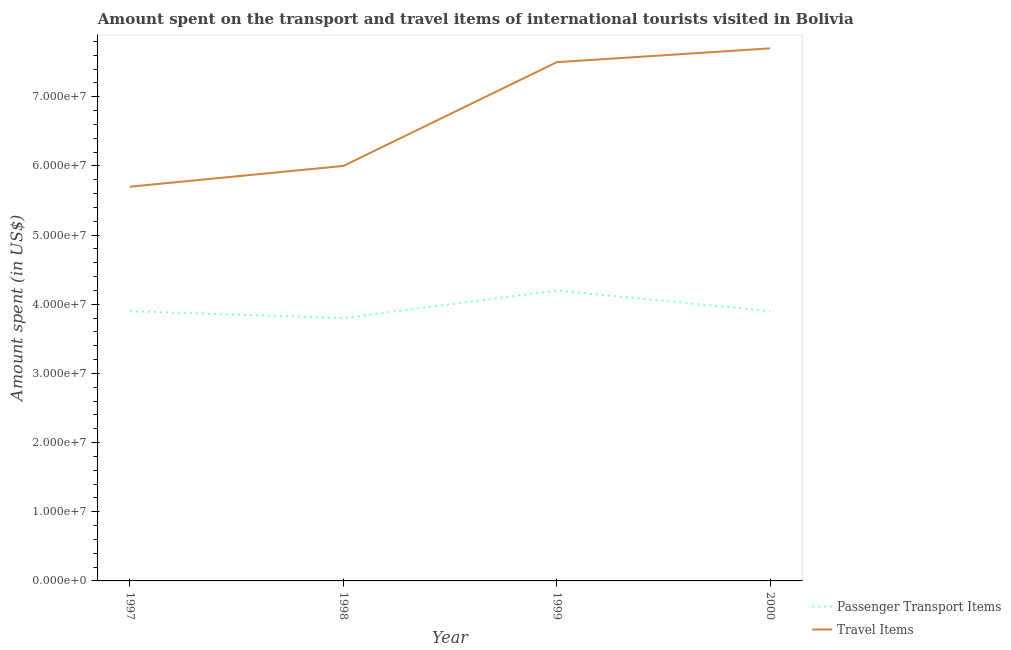
| Year | Passenger Transport Items | Travel Items |
 | --- | --- | --- |
 | 1997 | 3.9e+07 | 5.7e+07 |
 | 1998 | 3.8e+07 | 6e+07 |
 | 1999 | 4.2e+07 | 7.5e+07 |
 | 2000 | 3.9e+07 | 7.7e+07 |